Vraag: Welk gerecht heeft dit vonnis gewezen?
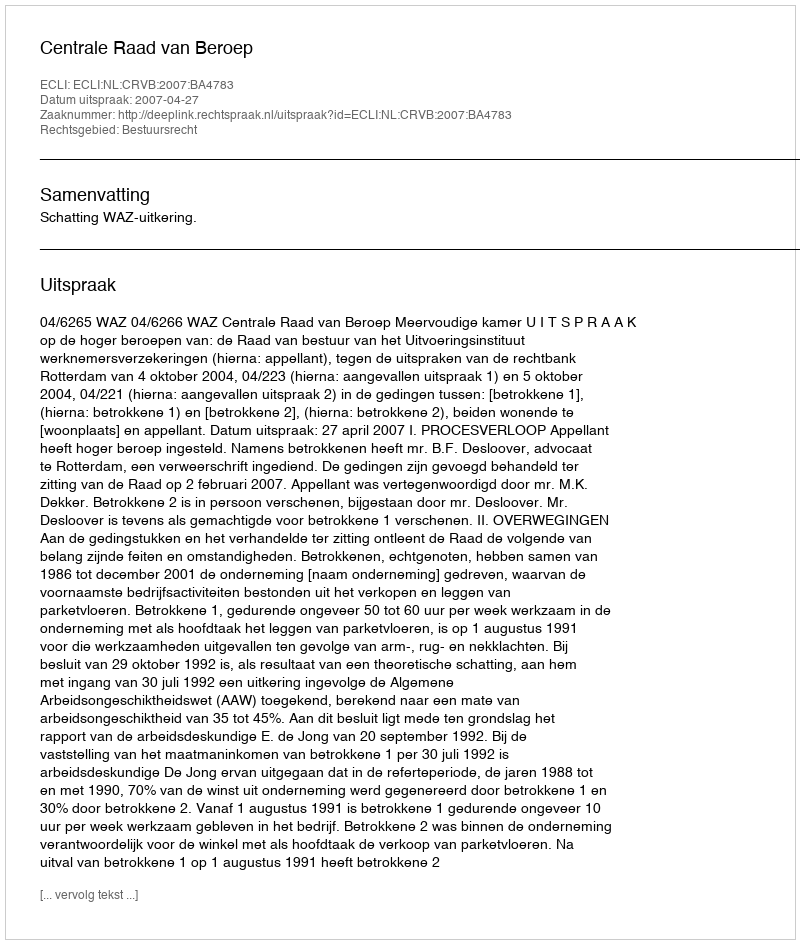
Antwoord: Centrale Raad van Beroep